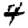
Digit: 4